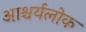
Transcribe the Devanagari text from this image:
आश्चर्यलोक